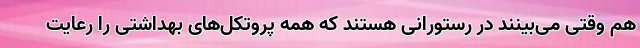
هم وقتی می‌بینند در رستورانی هستند که همه پروتکل‌های بهداشتی را رعایت